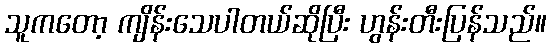
သူကတော့ ကျိန်းသေပါတယ်ဆိုပြီး ဟွန်းတီးပြန်သည်။